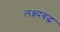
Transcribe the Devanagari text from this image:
लक्ष्यबद्ध